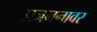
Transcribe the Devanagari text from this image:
प्रजननावर